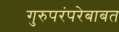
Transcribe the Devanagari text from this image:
गुरुपरंपरेबाबत